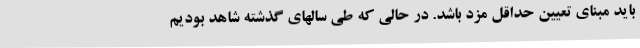
باید مبنای تعیین حداقل مزد باشد. در حالی که طی سالهای گذشته شاهد بودیم